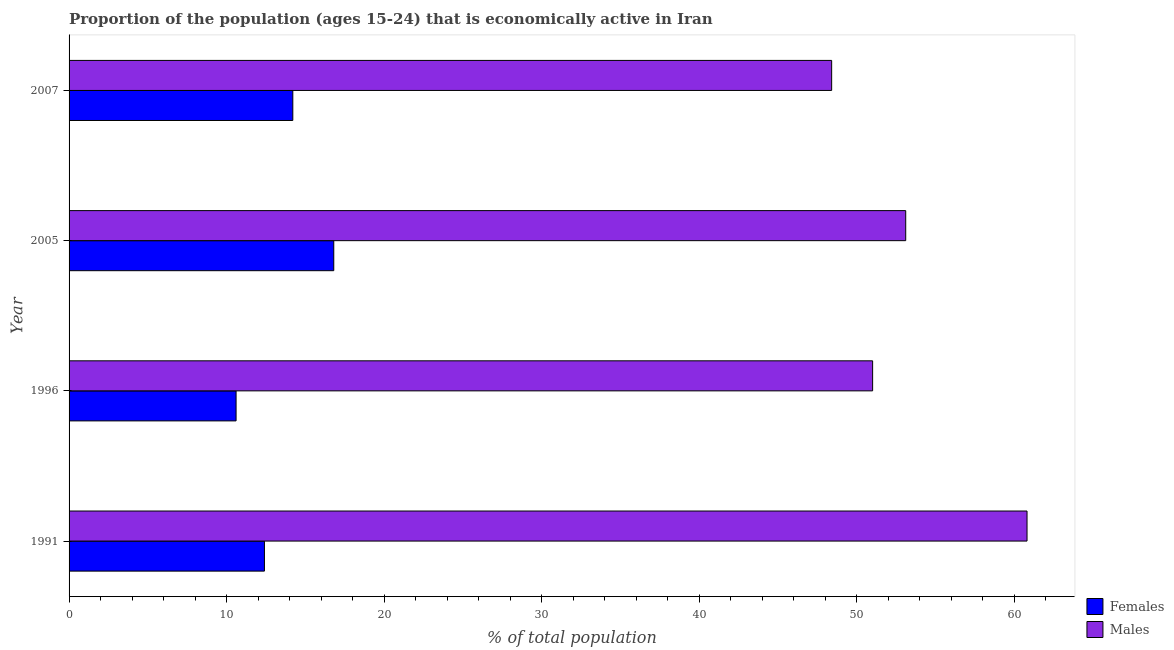
| Year | Females | Males |
 | --- | --- | --- |
 | 1991 | 12.4 | 60.8 |
 | 1996 | 10.6 | 51 |
 | 2005 | 16.8 | 53.1 |
 | 2007 | 14.2 | 48.4 |